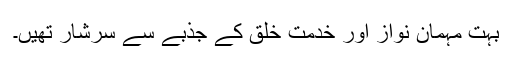
بہت مہمان نواز اور خدمتِ خلق کے جذبے سے سرشار تھیں۔